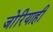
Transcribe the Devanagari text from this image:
जोरियाही